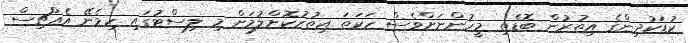
ކުޑަކުދިންގެ އިތުރުން ބޮޑެތި މީހުންނަށްވެސް ހަކަތަ އިތުރުކޮށްލުމަށް މި ލިސްޓުގައި ހިމެނޭ އެއްޗިސް